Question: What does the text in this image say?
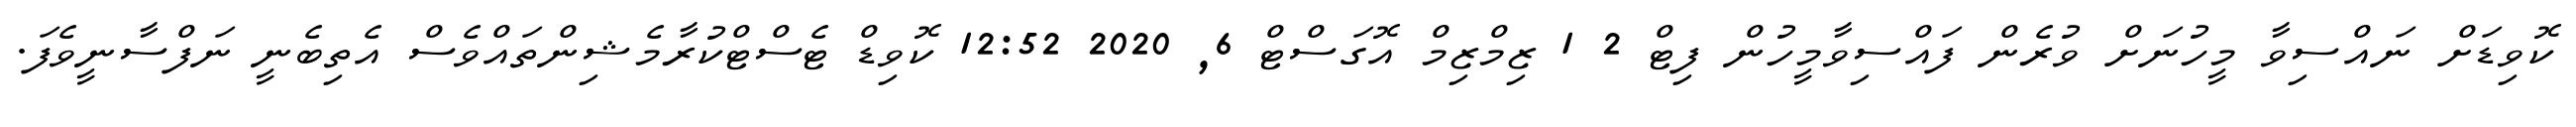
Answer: ކޮވިޑަށް ނައްސިވާ މީހުނަށް ވުރެން ފައްސިވާމީހުން ފިޓް 2 1 ޒިމްޒިމް އޮގަސްޓް 6, 2020 12:52 ކޮވިޑް ޓެސްޓްކުރާމެޝިންތައްވެސް އެތިބެނީ ނަފްސާނީވެފަ.